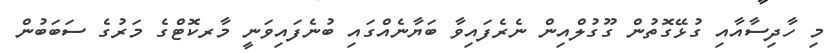
މި ހާދިސާާާާއާއި ގުޅޭގޮތުން ގޫގުލްއިން ނެރެފައިވާ ބަޔާނެއްގައި ބުނެފައިވަނީ މާރކޮޓްގެ މަރުގެ ސަބަބުން